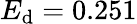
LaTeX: E_{\textrm{d}}=0.251